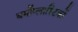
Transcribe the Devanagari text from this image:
थर्मोप्लास्टिकों